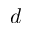
d